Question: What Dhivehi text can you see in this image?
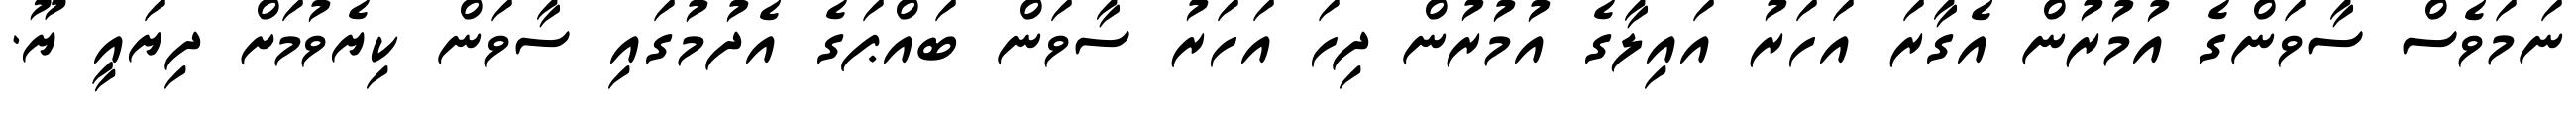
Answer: ނަމަވެސް ސާވަންގެ އުމުރުން އެގާރަ އަހަރު އައިލާގެ އުމުރުން ދިހަ އަހަރު ސާވަން ބައްޕަގެ އެދުމުގައި ސާވަން ކިޔެވުމަށް ދިޔައީ ޔޫ.